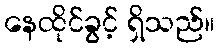
နေထိုင်ခွင့် ရှိသည်။